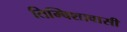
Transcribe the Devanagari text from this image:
तिम्बिशावासी